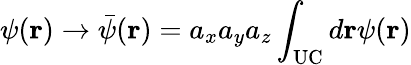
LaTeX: \psi(\mathbf{r})\rightarrow\bar{\psi}(\mathbf{r})=a_{x}a_{y}a_{z}\int_{\mathrm{UC}}d\mathbf{r}\psi(\mathbf{r})